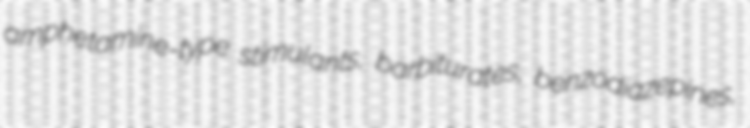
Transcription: amphetamine-type stimulants, barbiturates, benzodiazepines,